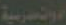
متسربية